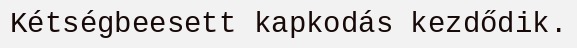
Kétségbeesett kapkodás kezdődik.